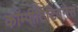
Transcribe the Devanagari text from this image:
कॉम्पीटिटिवनेस